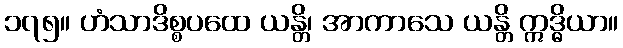
၁၇၅။ ဟံသာဒိစ္စပထေ ယန္တိ၊ အာကာသေ ယန္တိ ဣဒ္ဓိယာ။